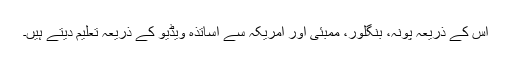
اس کے ذریعہ پونہ، بنگلور، ممبئی اور امریکہ سے اساتذہ ویڈیو کے ذریعہ تعلیم دیتے ہیں۔